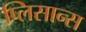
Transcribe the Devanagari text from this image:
प्लिसान्स